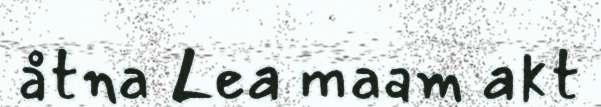
åtna Lea maam akt